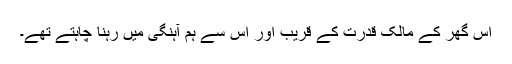
اس گھر کے مالک قدرت کے قریب اور اس سے ہم آہنگی میں رہنا چاہتے تھے۔